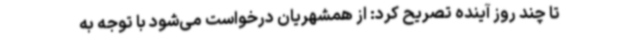
تا چند روز آینده تصریح کرد: از همشهریان درخواست می‌شود با توجه به